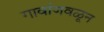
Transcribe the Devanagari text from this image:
गावांजवळून